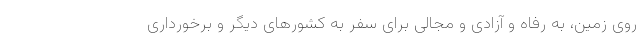
روی زمین، به رفاه و آزادی و مجالی برای سفر به کشورهای دیگر و برخورداری